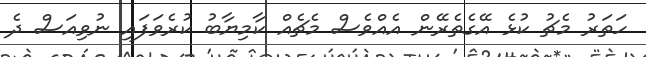
ހަތަރު މެޗު ކުޅެ އޭގެތެރޭން އެއްވެސް މެޗެއް ކާމިޔާބު ކުރެވަފައި ނުވިއަސް ދެ